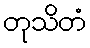
တုသိတံ